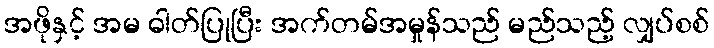
အဖိုနှင့် အမ ဓါတ်ပြုပြီး အက်တမ်အမှုန်သည် မည်သည့် လျှပ်စစ်